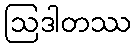
ဩဒါတဿ